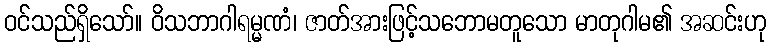
ဝင်သည်ရှိသော်။ ဝိသဘာဂါရမ္မဏံ၊ ဇာတ်အားဖြင့်သဘောမတူသော မာတုဂါမ၏ အဆင်းဟု